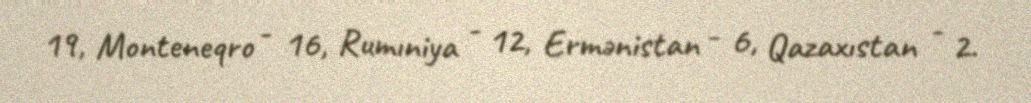
19, Monteneqro - 16, Rumıniya - 12, Ermənistan - 6, Qazaxıstan - 2.